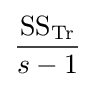
{\dfrac {{\text{SS}}_{\text{Tr}}}{s-1}}